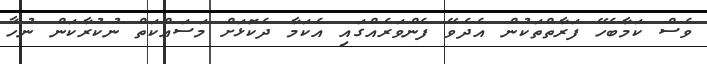
ވެސް ކަމާބެހޭ ފަރާތްތަކުން އެދެވޭ ފެންވަރެއްގައި އެކަމާ ދެކޮޅަށް މަސައްކަތް ނުކުރާކަން ނުހާ